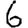
Digit: 6